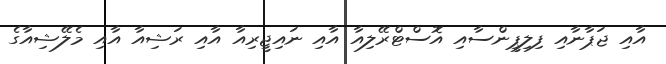
އާއި ޖަޕާނާއި ފިލިޕީންސާއި އޮސްޓްރޭލިއާ އާއި ނައިޖީރިއާ އާއި ރަޝިއާ އާއި މެލޭޝިއާގެ